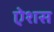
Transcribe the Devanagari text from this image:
ऐशस